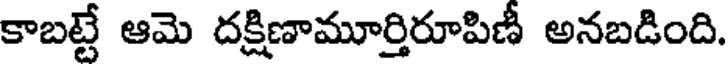
కాబట్టే ఆమె దక్షిణామూర్తిరూపిణీ అనబడింది.